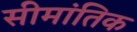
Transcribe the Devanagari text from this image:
सीमांतिक